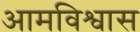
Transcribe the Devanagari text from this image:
आमविश्वास